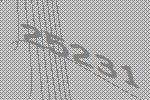
25231